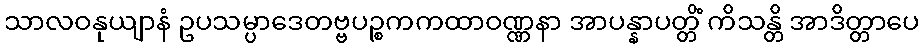
သာလဝနုယျာနံ ဥပသမ္ပာဒေတဗ္ဗပဉ္စကကထာဝဏ္ဏနာ အာပန္နာပတ္တိံ ကိသန္တိ အာဒိတ္တာပေ